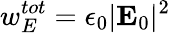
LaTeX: w_{E}^{tot}=\epsilon_{0}|\mathbf{E}_{0}|^{2}